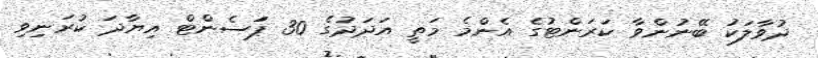
ދުވާލަކު ބޭނުންވާ ކަރަންޓުގެ އެންމެ މަތީ އަދަދުގެ 30 ޕަަސެންޓް އިޔާދަ ކުރަނިވި